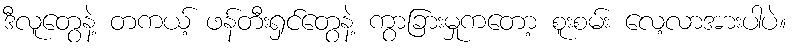
ဒီလူတွေနဲ့ တကယ့် ဖန်တီးရှင်တွေနဲ့ ကွာခြားမှုကတော့ စူးစမ်း လေ့လာအားပါပဲ။